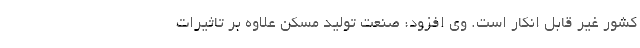
کشور غیر قابل انکار است. وی افزود: صنعت تولید مسکن علاوه بر تاثیرات